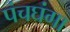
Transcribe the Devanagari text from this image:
पंचघंगा